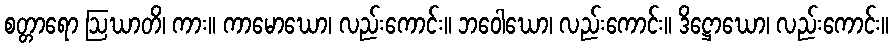
စတ္တာရော ဩဃာတိ၊ ကား။ ကာမောဃော၊ လည်းကောင်း။ ဘဝေါဃော၊ လည်းကောင်း။ ဒိဋ္ဌောဃော၊ လည်းကောင်း။